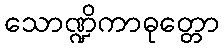
သောဏ္ဍိကာဓုတ္တော